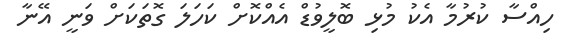
ހިއްސާ ކުރުމާ އެކު މުޅި ބޮލީވުޑް އެއްކޮށް ކަހަލަ ގޮތަކަށް ވަނީ އޭނާ